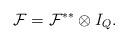
LaTeX: \begin{align*}\mathcal{F}=\mathcal{F}^{\ast\ast}\otimes I_Q.\end{align*}